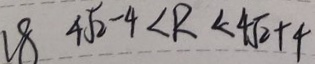
1 8 4 \sqrt { 2 } - 4 < R < 4 \sqrt { 2 } + 4